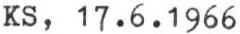
KS, 17.6.1966